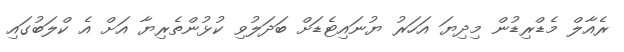
ރެއާލް މެޑްރިޑުން މިދިޔަ އަހަރު ޔުނައިޓެޑަށް ބަދަލުވި ކުޅުންތެރިޔާ އަށް އެ ކްލަބުގައި